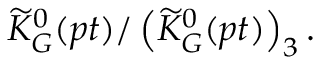
\widetilde { K } _ { G } ^ { 0 } ( p t ) / \left( \widetilde { K } _ { G } ^ { 0 } ( p t ) \right) _ { 3 } .